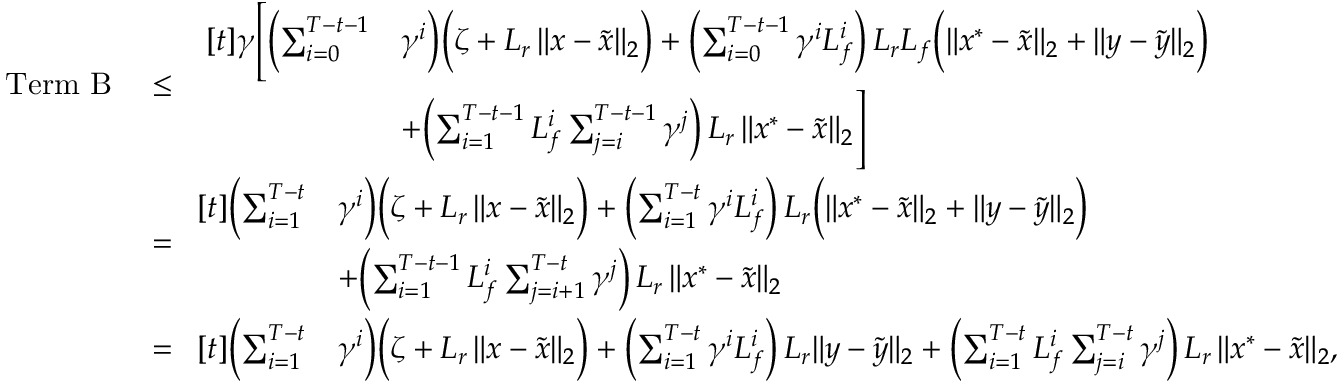
\begin{array} { r l } { \mathrm { T e r m ~ B } \; } & { \le \; \begin{array} { r l } { [ t ] \gamma \Biggl [ \biggl ( \sum _ { i = 0 } ^ { T - t - 1 } } & { \gamma ^ { i } \biggr ) \Bigl ( \zeta + L _ { r } \, \| x - \tilde { x } \| _ { 2 } \Bigr ) + \biggl ( \sum _ { i = 0 } ^ { T - t - 1 } \gamma ^ { i } L _ { f } ^ { i } \biggr ) \, L _ { r } L _ { f } \Bigl ( \| x ^ { * } - \tilde { x } \| _ { 2 } + \| y - \tilde { y } \| _ { 2 } \Bigr ) } \\ & { + \biggl ( \sum _ { i = 1 } ^ { T - t - 1 } L _ { f } ^ { i } \sum _ { j = i } ^ { T - t - 1 } \gamma ^ { j } \biggr ) \, L _ { r } \, \| x ^ { * } - \tilde { x } \| _ { 2 } \Biggr ] } \end{array} } \\ & { = \begin{array} { r l } { [ t ] \biggl ( \sum _ { i = 1 } ^ { T - t } } & { \gamma ^ { i } \biggr ) \Bigl ( \zeta + L _ { r } \, \| x - \tilde { x } \| _ { 2 } \Bigr ) + \biggl ( \sum _ { i = 1 } ^ { T - t } \gamma ^ { i } L _ { f } ^ { i } \biggr ) \, L _ { r } \Bigl ( \| x ^ { * } - \tilde { x } \| _ { 2 } + \| y - \tilde { y } \| _ { 2 } \Bigr ) } \\ & { + \biggl ( \sum _ { i = 1 } ^ { T - t - 1 } L _ { f } ^ { i } \sum _ { j = i + 1 } ^ { T - t } \gamma ^ { j } \biggr ) \, L _ { r } \, \| x ^ { * } - \tilde { x } \| _ { 2 } } \end{array} } \\ & { = \begin{array} { r l } { [ t ] \biggl ( \sum _ { i = 1 } ^ { T - t } } & { \gamma ^ { i } \biggr ) \Bigl ( \zeta + L _ { r } \, \| x - \tilde { x } \| _ { 2 } \Bigr ) + \biggl ( \sum _ { i = 1 } ^ { T - t } \gamma ^ { i } L _ { f } ^ { i } \biggr ) \, L _ { r } \| y - \tilde { y } \| _ { 2 } + \biggl ( \sum _ { i = 1 } ^ { T - t } L _ { f } ^ { i } \sum _ { j = i } ^ { T - t } \gamma ^ { j } \biggr ) \, L _ { r } \, \| x ^ { * } - \tilde { x } \| _ { 2 } , } \end{array} } \end{array}